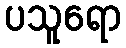
ပသူရော